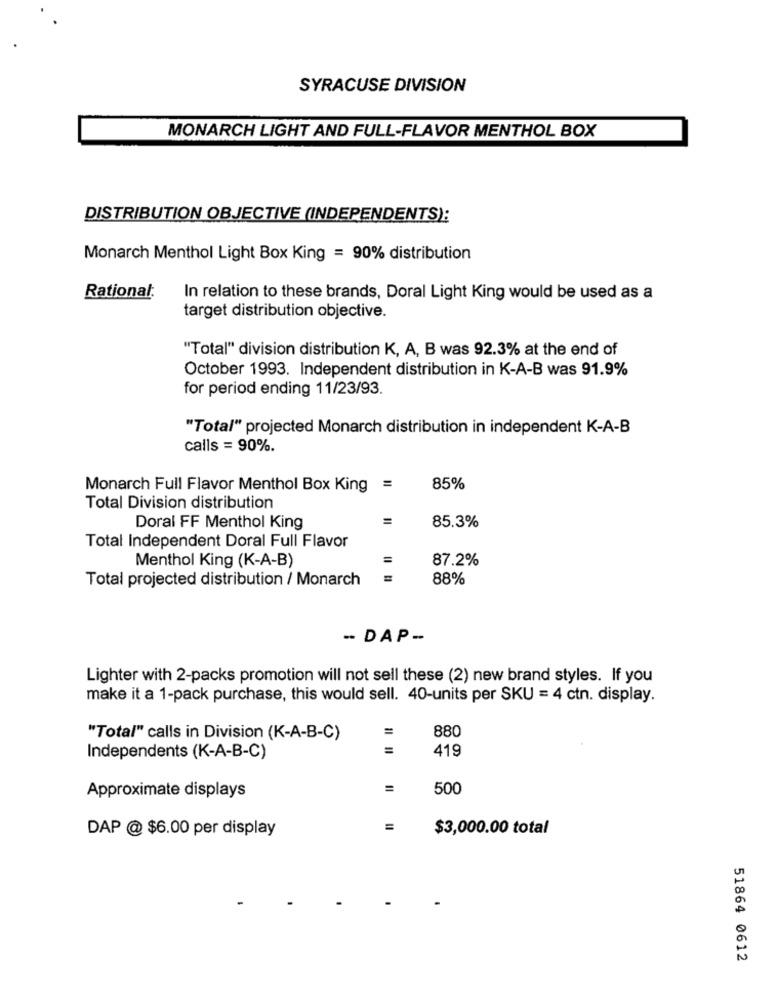
SYRACUSE DIVISION
MONARCH LIGHT AND FULL-FLAVOR MENTHOL BOX
DISTRIBUTION OBJECTIVE (INDEPENDENTS):
Monarch Menthol Light Box King = 90% distribution
Rational:
In relation to these brands, Doral Light King would be used as a
target distribution objective.
"Total" division distribution K, A, B was 92.3% at the end of
October 1993. Independent distribution in K-A-B was 91.9%
for period ending 11/23/93.
"Total" projected Monarch distribution in independent K-A-B
calls = 90%.
Monarch Full Flavor Menthol Box King =
85%
Total Division distribution
Doral FF Menthol King
85.3%
Total Independent Doral Full Flavor
Menthol King (K-A-B)
87.2%
Total projected distribution / Monarch
88%
- DAP --
Lighter with 2-packs promotion will not sell these (2) new brand styles. If you
make it a 1-pack purchase, this would sell. 40-units per SKU = 4 ctn. display.
=
880
"Total" calls in Division (K-A-B-C)
=
419
Independents (K-A-B-C)
Approximate displays
=
500
DAP @ $6.00 per display
$3,000.00 total
51864 0612